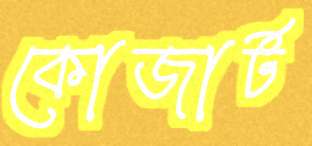
কোজার্ট